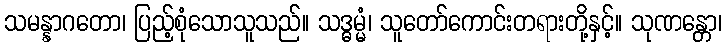
သမန္နာဂတော၊ ပြည့်စုံသောသူသည်။ သဒ္ဓမ္မံ၊ သူတော်ကောင်းတရားတို့နှင့်။ သုဏန္တော၊